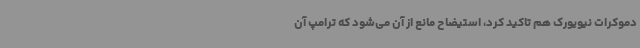
دموکرات نیویورک هم تاکید کرد، استیضاح مانع از آن می‌شود که ترامپ آن